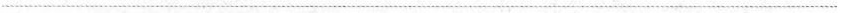
___